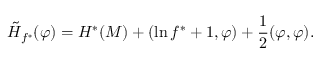
\tilde { H } _ { f ^ { * } } ( \varphi ) = H ^ { * } ( M ) + ( \ln f ^ { * } + 1 , \varphi ) + \frac { 1 } { 2 } ( \varphi , \varphi ) .